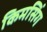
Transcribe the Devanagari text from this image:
किमसिंग